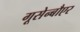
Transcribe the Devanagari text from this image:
गूसेन्बौएर